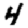
Digit: 4